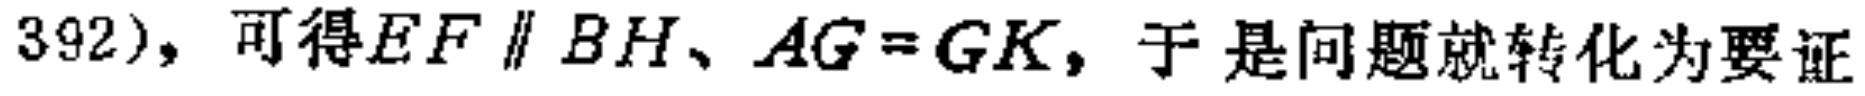
$392), 可得EF\parallel BH、AG = GK, 于是问题就转化为要证$